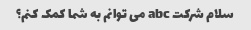
سلام شرکت abc می توانم به شما کمک کنم؟